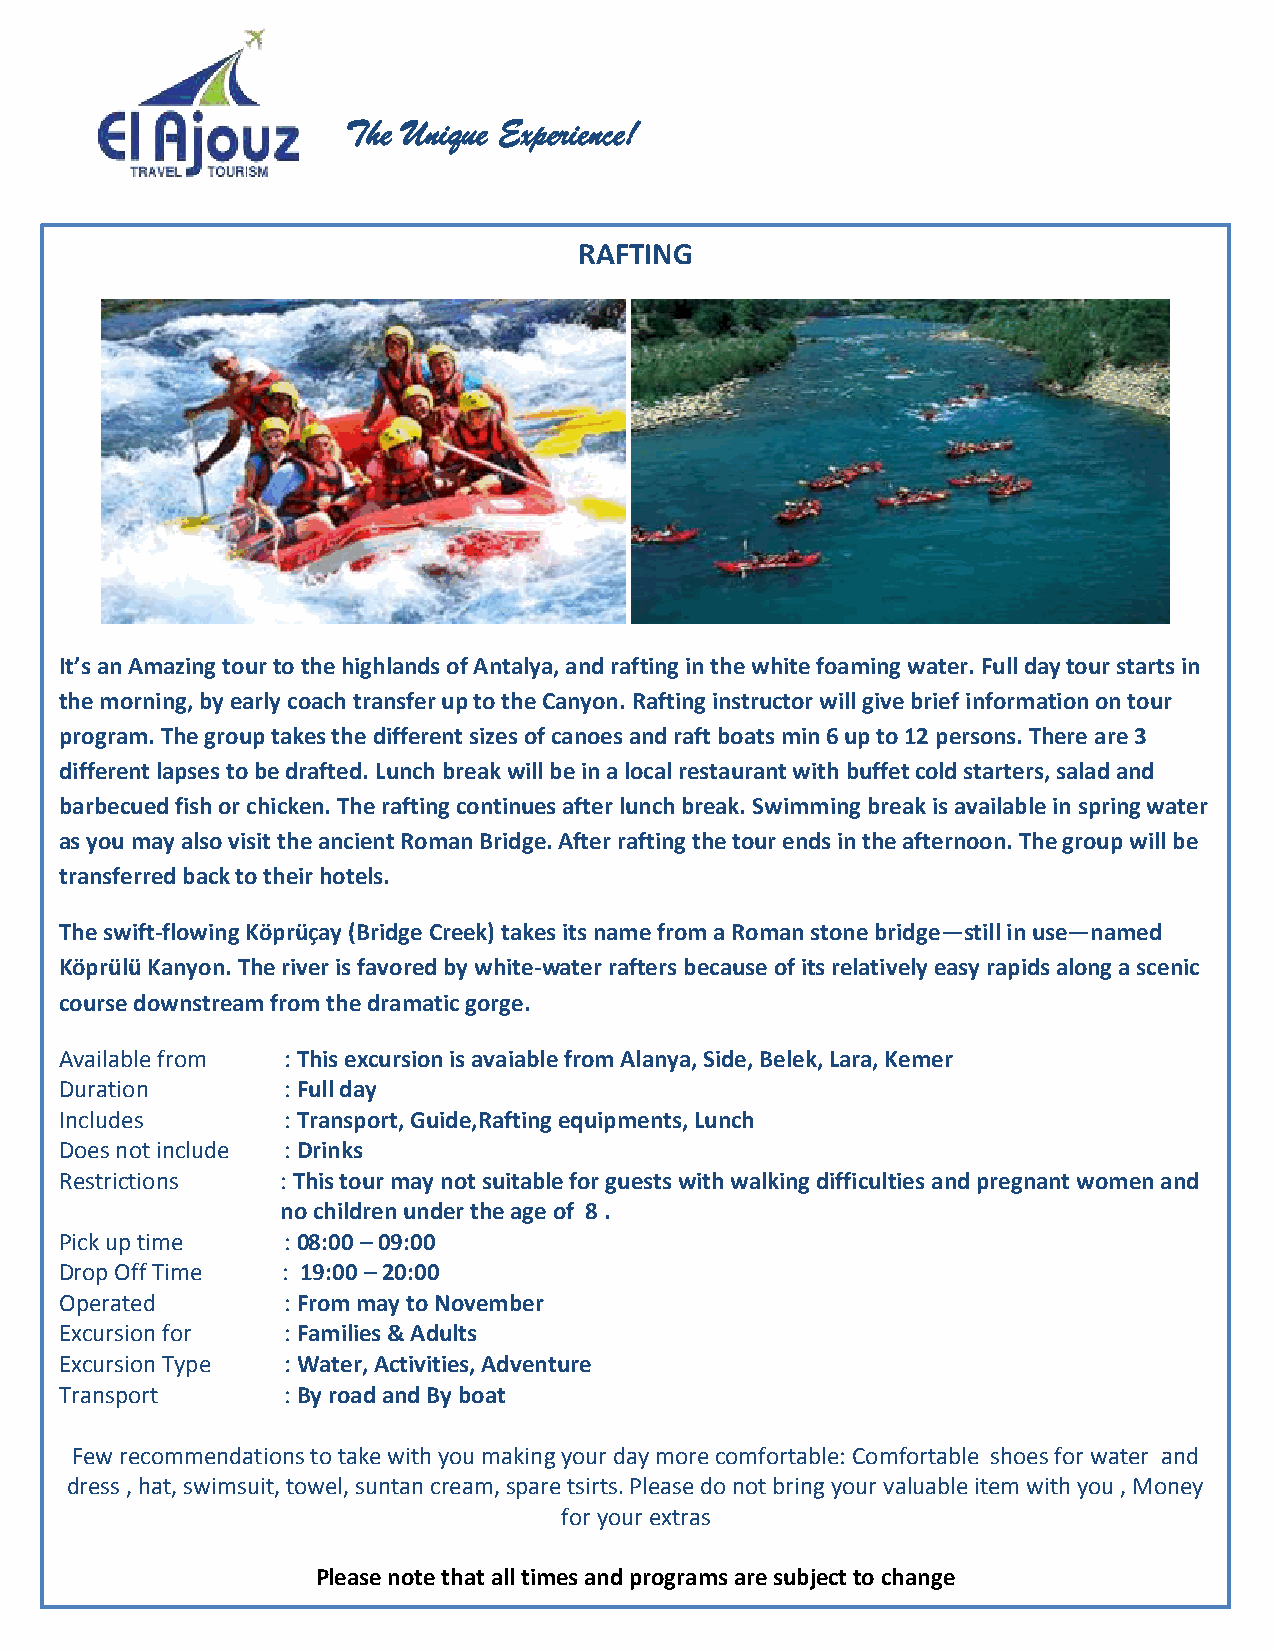
The Unique Experience!
 RAFTING
 It’s an Amazing tour to the highlands of Antalya, and rafting in the white foaming water. Full day tour starts in
 the morning, by early coach transfer up to the Canyon. Rafting instructor will give brief information on tour
 program. The group takes the different sizes of canoes and raft boats min 6 up to 12 persons. There are 3
 different lapses to be drafted. Lunch break will be in a local restaurant with buffet cold starters, salad and
 barbecued fish or chicken. The rafting continues after lunch break. Swimming break is available in spring water
 as you may also visit the ancient Roman Bridge. After rafting the tour ends in the afternoon. The group will be
 transferred back to their hotels.
 The swift-flowing Köprüçay (Bridge Creek) takes its name from a Roman stone bridge—still in use—named
 Köprülü Kanyon. The river is favored by white-water rafters because of its relatively easy rapids along a scenic
 course downstream from the dramatic gorge.
 Available from : This excursion is avaiable from Alanya, Side, Belek, Lara, Kemer
 Duration       : Full day
 Includes       : Transport, Guide,Rafting equipments, Lunch
 Does not include : Drinks
 Restrictions   : This tour may not suitable for guests with walking difficulties and pregnant women and
 no children under the age of 8 .
 Pick up time   : 08:00 – 09:00
 Drop Off Tim e : 19:00 – 20:00
 Operated       : From may to November
 Excursion for  : Families & Adults
 Excursion Type : Water, Activities, Adventure
 Transport      : By road and By boat
 Few recommendations to take with you making your day more comfortable: Comfortable shoes for water and
 dress , hat, swimsuit, towel, suntan cream, spare tsirts. Please do not bring your valuable item with you , Money
 for your extras
 Please note that all times and programs are subject to change